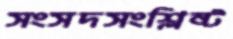
সংসদসংশ্লিষ্ট